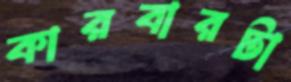
কারবারটা